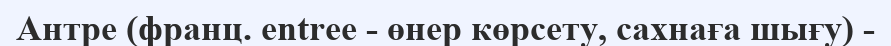
Антре (франц. entree - өнер көрсету, сахнаға шығу) -